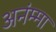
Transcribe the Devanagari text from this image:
अनंम्मा